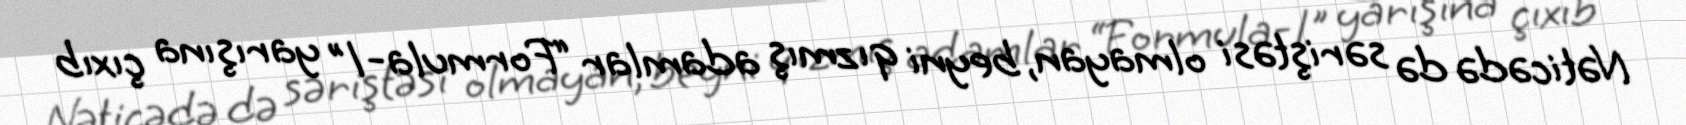
Nəticədə də səriştəsi olmayan, beyni qızmış adamlar “Formula-1" yarışına çıxıb